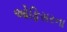
ઓફિસરના